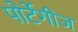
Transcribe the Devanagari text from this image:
पोर्टेगीज